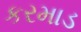
કરમાડ